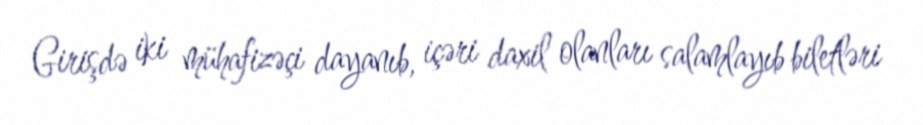
Girişdə iki mühafizəçi dayanıb, içəri daxil olanları salamlayıb biletləri